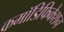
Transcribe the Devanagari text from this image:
कमॉडिफिकेशन